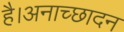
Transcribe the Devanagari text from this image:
है।अनाच्छादन